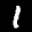
Label: 1